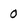
Character: 0